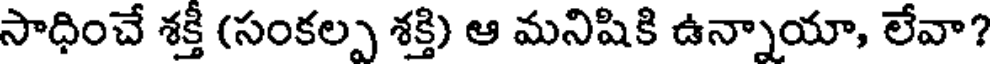
సాధించే శక్తీ (సంకల్ప శక్తి) ఆ మనిషికి ఉన్నాయా, లేవా?